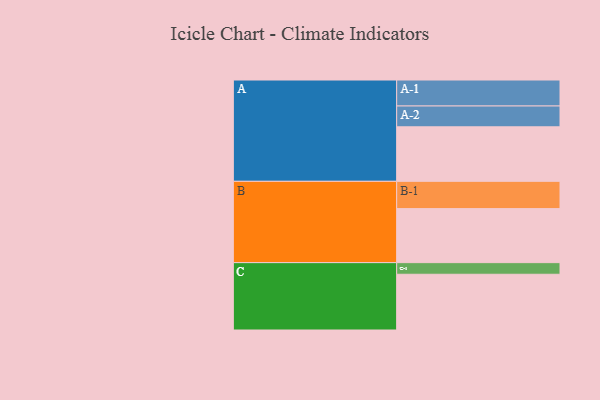
{"axis": {"x": "Segment", "y": "Value"}, "legend": ["", "A", "B", "C"], "data": [{"x": "A", "y": 573, "type": ""}, {"x": "B", "y": 568, "type": ""}, {"x": "C", "y": 586, "type": ""}, {"x": "A-1", "y": 273, "type": "A"}, {"x": "A-2", "y": 219, "type": "A"}, {"x": "B-1", "y": 287, "type": "B"}, {"x": "C-1", "y": 122, "type": "C"}]}